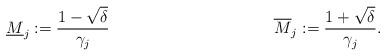
LaTeX: \begin{align*}\underline{M}_j := \frac{1-\sqrt{\delta}}{\gamma_j} && && \overline{M}_j := \frac{1+\sqrt{\delta}}{\gamma_j}.\end{align*}